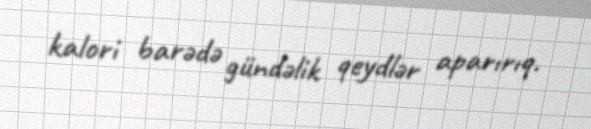
kalori barədə gündəlik qeydlər aparırıq.